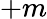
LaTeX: +m